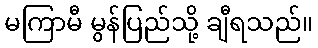
မကြာမီ မွန်ပြည်သို့ ချီရသည်။